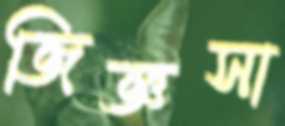
জিজ্ঞসা